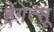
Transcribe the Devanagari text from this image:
हेंगेत्सू